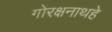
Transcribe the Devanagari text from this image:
गोरक्षनाथहे